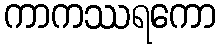
ကာကဿရကော